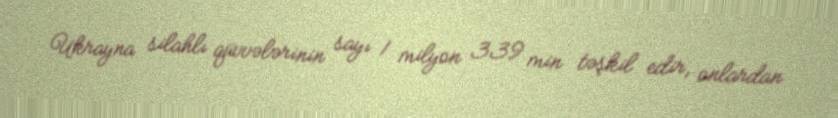
Ukrayna silahlı qüvvələrinin sayı 1 milyon 339 min təşkil edir, onlardan